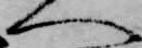
へ